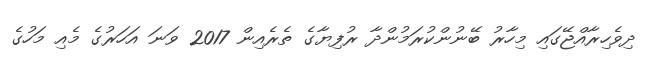
ދިވެހިރާއްޖޭގައި މިހާރު ބޭނުންކުރަމުންދާ ރުފިޔާގެ ތެރެއިން 2017 ވަނަ އަހަރުގެ މެއި މަހުގެ